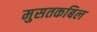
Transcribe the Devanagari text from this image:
मुसतकबिल